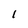
Character: 1